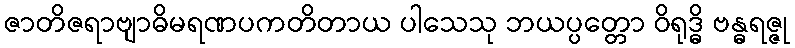
ဇာတိဇရာဗျာဓိမရဏပကတိတာယ ပါသေသု ဘယပ္ပတ္တော ဝိရုဒ္ဓိ ဗန္ဓရဇ္ဇု